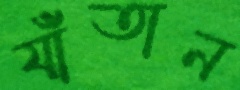
যাঁতান